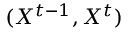
( X ^ { t - 1 } , X ^ { t } )